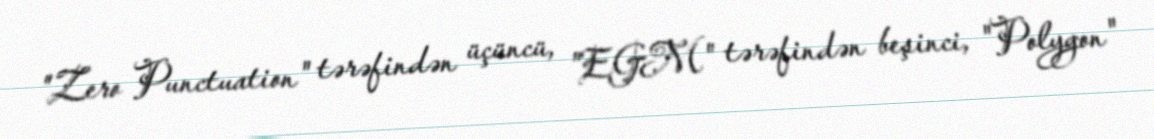
"Zero Punctuation" tərəfindən üçüncü, "EGM" tərəfindən beşinci, "Polygon"